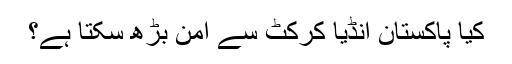
کیا پاکستان انڈیا کرکٹ سے امن بڑھ سکتا ہے؟